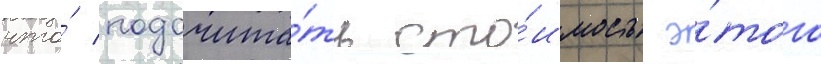
что́ подсчита́ть сто́имость э́того